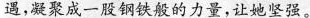
遇，凝聚成一股钢铁般的力量，让她坚强。